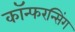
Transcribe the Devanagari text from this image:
कॉन्फरन्सिंग